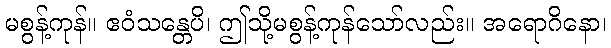
မစွန့်ကုန်။ ဧဝံသန္တေပိ၊ ဤသို့မစွန့်ကုန်သော်လည်း။ အရောဂိနော၊